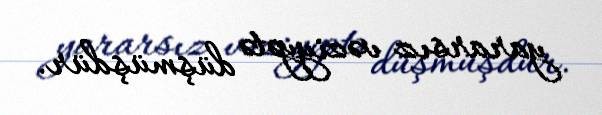
yararsız vəziyyətə düşmüşdür.